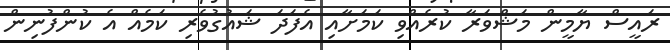
ރައީސް ޔާމީން މަޝްވަރާ ކުރެއްވި ކަމަށާއި އެފަދަ ޝައުގުވެރި ކަމެއް އެ ކުންފުނިން